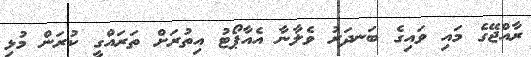
ރާއްޖޭގެ މައި ވައިގެ ބަނދަރު ވެލާނާ އެއާޕޯޓު އިތުރަށް ތަރައްގީ ކުރަން މުޅި